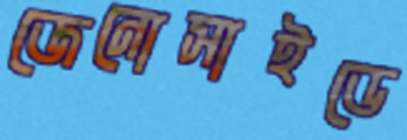
জেনোসাইডে